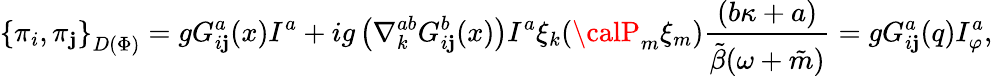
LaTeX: {\{ \pi_{i},\pi_{\mathbf{j}}\} }_{D(\Phi)}=gG_{i\mathbf{j}}^{a}(x)I^{a}+ig\left(\nabla_{k}^{ab}G_{i\mathbf{j}}^{b}(x)\right)I^{a}\xi_{k}({\calP}_{m}\xi_{m})\frac{{(b\kappa+a)}}{{\tilde{{\beta}}(\omega+\tilde{{m}})}}=gG_{i\mathbf{j}}^{a}(q)I_{\varphi}^{a},